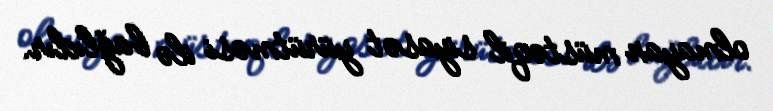
olmayan müstəqil siyasət yürütməsi ilə bağlıdır.